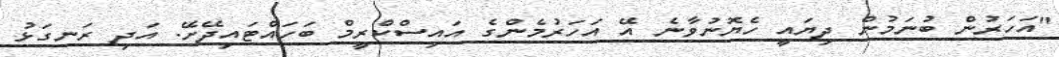
"އަހަރުން ބުނަމުން ދިޔައީ ހެޔޮނުވާނެ އޭ އަހަރުމެންގެ އައިސްކްރީމް ބަހައްޓައިދޭށޭ. އަދި ރަނގަޅު